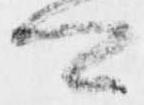
可